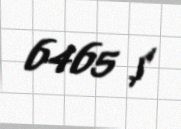
6465 $